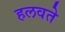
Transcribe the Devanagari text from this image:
हलवते